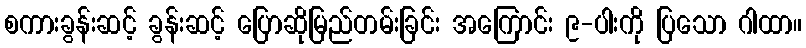
စကားခွန်းဆင့် ခွန်းဆင့် ပြောဆိုမြည်တမ်းခြင်း အကြောင်း ၉-ပါးကို ပြသော ဂါထာ။